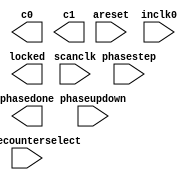
module mypll (
	areset,
	inclk0,
	phasecounterselect,
	phasestep,
	phaseupdown,
	scanclk,
	c0,
	c1,
	locked,
	phasedone);

	input	  areset;
	input	  inclk0;
	input	[2:0]  phasecounterselect;
	input	  phasestep;
	input	  phaseupdown;
	input	  scanclk;
	output	  c0;
	output	  c1;
	output	  locked;
	output	  phasedone;
`ifndef ALTERA_RESERVED_QIS
// synopsys translate_off
`endif
	tri0	  areset;
	tri0	[2:0]  phasecounterselect;
	tri0	  phasestep;
	tri0	  phaseupdown;
`ifndef ALTERA_RESERVED_QIS
// synopsys translate_on
`endif

endmodule